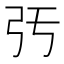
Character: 𢎰